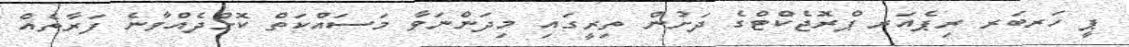
ޕީ ހަރބަރ ރިޕެއަރ ޕްރޮޖެކްޓްގެ ދަށުން ތިރީގައި މިދަންނަވާ މަސައްކަތް ކޮށްދެއްވާނެ ފަރާތެއް